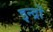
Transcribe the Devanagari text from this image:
इन्द्रों